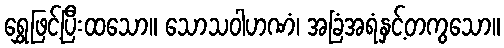
ရွှေဖြင့်ပြီးထသော။ သောသဝါဟဏံ၊ အခြံအရံနှင့်တကွသော။